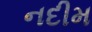
નદીમ